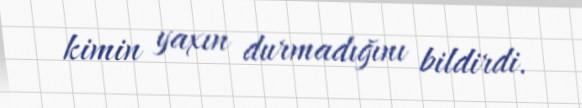
kimin yaxın durmadığını bildirdi.